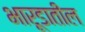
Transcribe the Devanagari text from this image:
भारूडातील